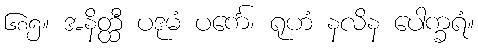
၆၈၅။ အနိတ္ထီ ပဒုမံ ပင်္ကေ၊ ရုဟံ နလိန ပေါက္ခရံ။